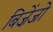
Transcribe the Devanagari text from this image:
बिज़ेंजो